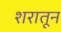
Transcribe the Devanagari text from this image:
शरातून